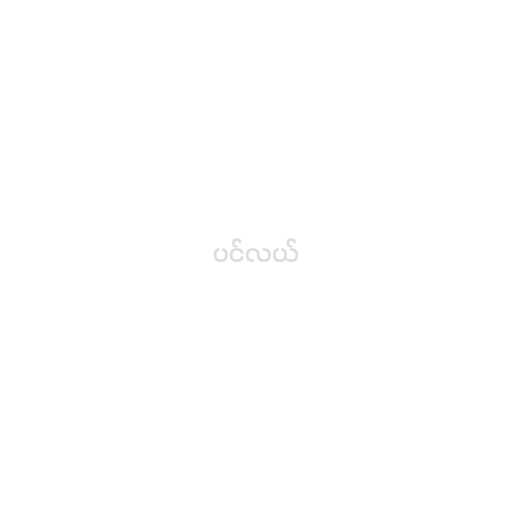
ပင်လယ်